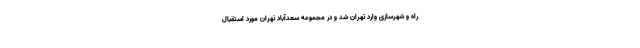
راه و شهرسازی وارد تهران شد و در مجموعه سعدآباد تهران مورد استقبال